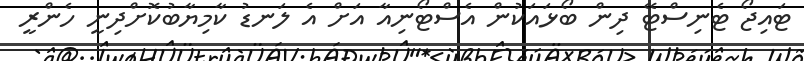
ޓައިޖޯ ޓެނިސްޓޭ ދިން ބޯޅައަކުން އެސްޓޯނިއާ އަށް އެ ލަނޑު ކާމިޔާބުކޮށްދިނީ ހެންރީ